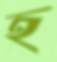
হ